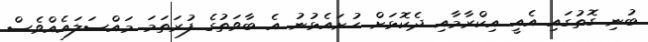
ބުނި ގޮތުގައި އެއީ އިކްރާމާއި ދެކޮޅަށް ހުށައެޅުނު އެ ބާވަތުގެ ފުރަތަމަ މައްސަލައެއްވެސް